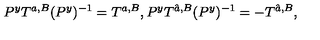
P ^ { y } T ^ { a , B } ( P ^ { y } ) ^ { - 1 } = T ^ { a , B } , P ^ { y } T ^ { \hat { a } , B } ( P ^ { y } ) ^ { - 1 } = - T ^ { \hat { a } , B } , \,